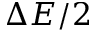
\Delta E / 2